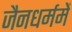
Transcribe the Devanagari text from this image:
जैनधर्ममें